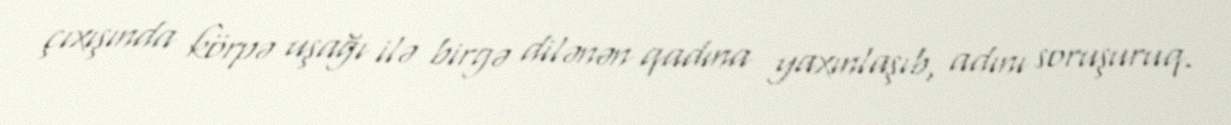
çıxışında körpə uşağı ilə birgə dilənən qadına yaxınlaşıb, adını soruşuruq.